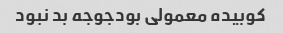
کوبیده معمولی بودجوجه بد نبود